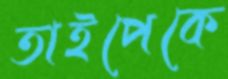
তাইপেকে